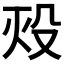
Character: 𬆡